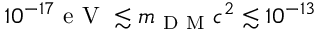
1 0 ^ { - 1 7 } \mathrm { ~ e ~ V ~ } \lesssim m _ { \mathrm { ~ D ~ M ~ } } c ^ { 2 } \lesssim 1 0 ^ { - 1 3 }